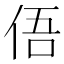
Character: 俉